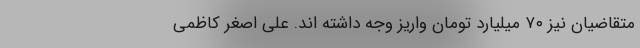
متقاضیان نیز ۷۰ میلیارد تومان واریز وجه داشته اند. علی اصغر کاظمی